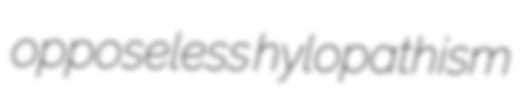
opposeless hylopathism